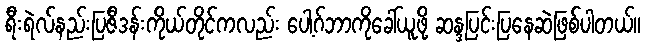
ရီးရဲလ်နည်းပြဇီဒန်းကိုယ်တိုင်ကလည်း ပေါ့ဂ်ဘာကိုခေါ်ယူဖို့ ဆန္ဒပြင်းပြနေဆဲဖြစ်ပါတယ်။